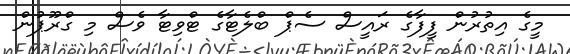
މީގެ އިތުރުން ފީފާގެ ރައީސް ސެޕް ބްލެޓާގެ ޓްވިޓާ ވެސް މި ގްރޫޕުން